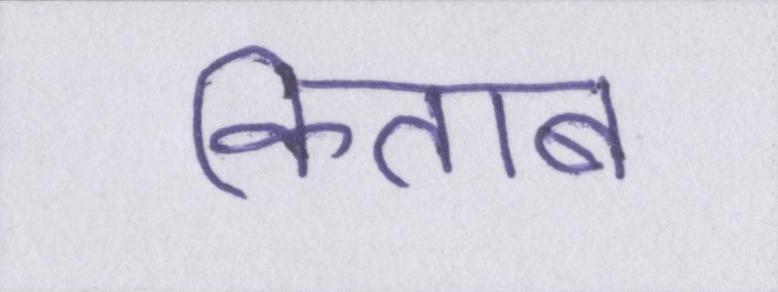
किताब